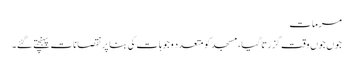
مرمات
جوں جوں وقت گزرتا گیا، مسجد کو متعدد وجوہات کی بنا پر نقصانات پہنچتے گئے۔